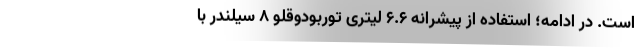
است. در ادامه؛ استفاده از پیشرانه 6.6 لیتری توربودوقلو 8 سیلندر با